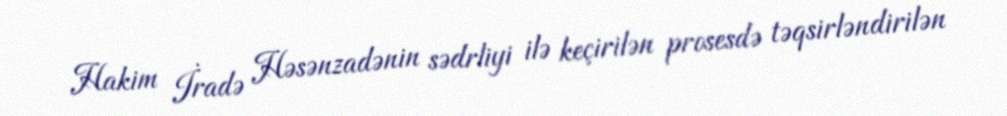
Hakim İradə Həsənzadənin sədrliyi ilə keçirilən prosesdə təqsirləndirilən